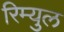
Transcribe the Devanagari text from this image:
रिम्युल